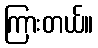
ကြားတယ်။